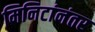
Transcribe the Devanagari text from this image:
मिनिटांनंतर